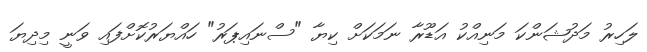
ލަހިރު މަދުޝަންކަ މަނިއްކު އަޑޫރާ ނަމަކަށް ކިޔާ "ސްނައިޕަރު" ހައްޔަރުކޮށްފައި ވަނީ މިދިޔަ